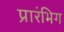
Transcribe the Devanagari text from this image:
प्रारंभिग